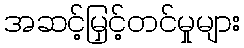
အဆင့်မြှင့်တင်မှုများ